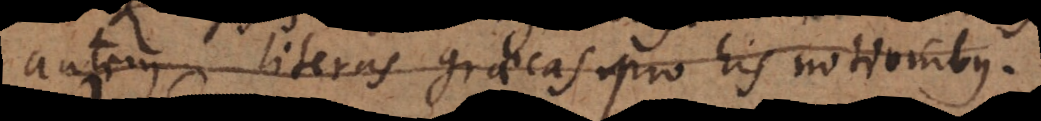
autem literas graecas pro his notionibus.